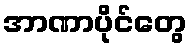
အာဏာပိုင်တွေ